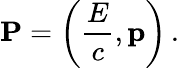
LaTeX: \mathbf{P}=\left({\frac{E}{c}},\mathbf{p}\right)\, .